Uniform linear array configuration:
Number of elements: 48
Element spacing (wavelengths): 0.25
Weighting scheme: binomial
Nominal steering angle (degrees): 0
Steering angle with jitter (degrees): -1.135
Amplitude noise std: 0.05
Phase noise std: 0.05

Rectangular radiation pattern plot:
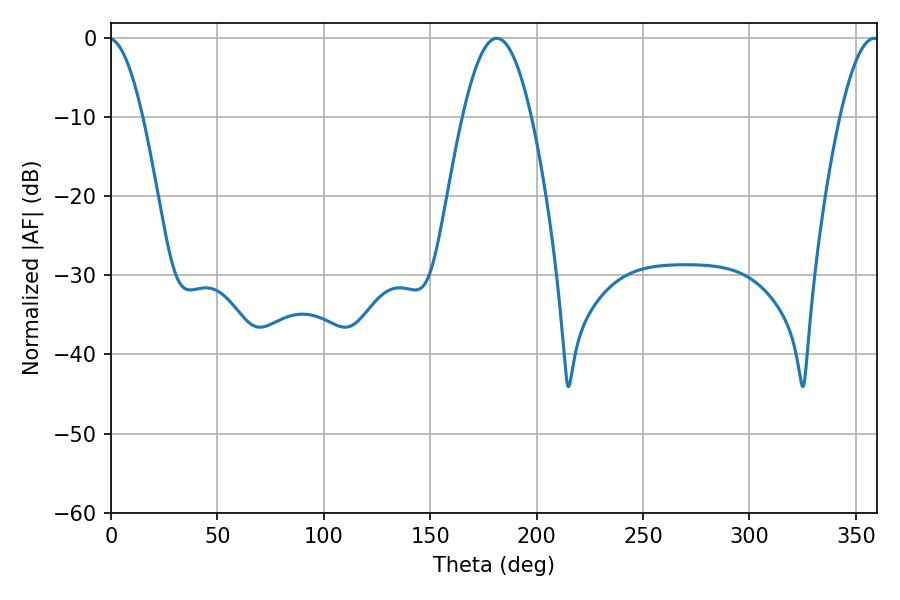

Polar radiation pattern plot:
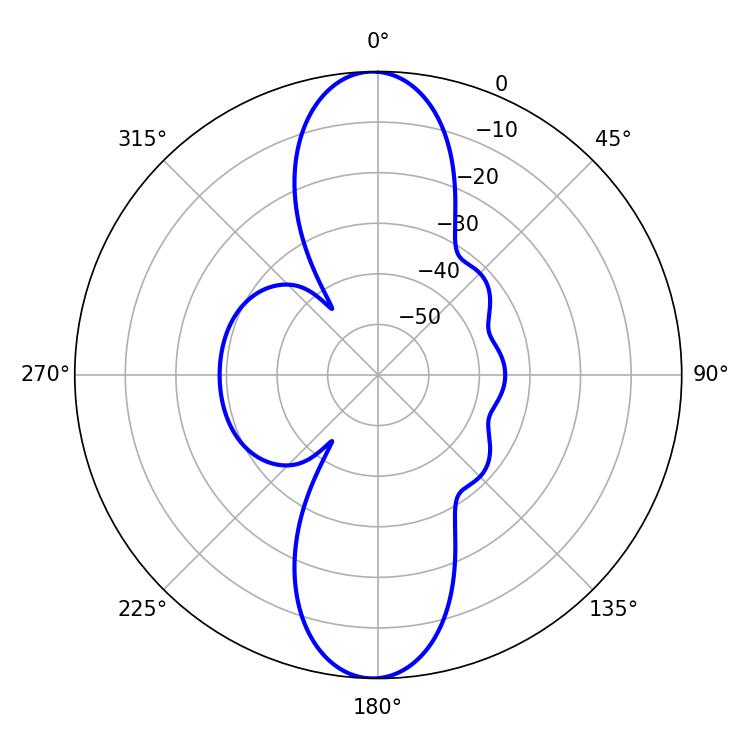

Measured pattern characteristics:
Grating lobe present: FALSE
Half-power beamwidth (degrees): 17.64
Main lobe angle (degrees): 181.26